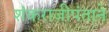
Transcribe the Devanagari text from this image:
शंकराजीपंताने